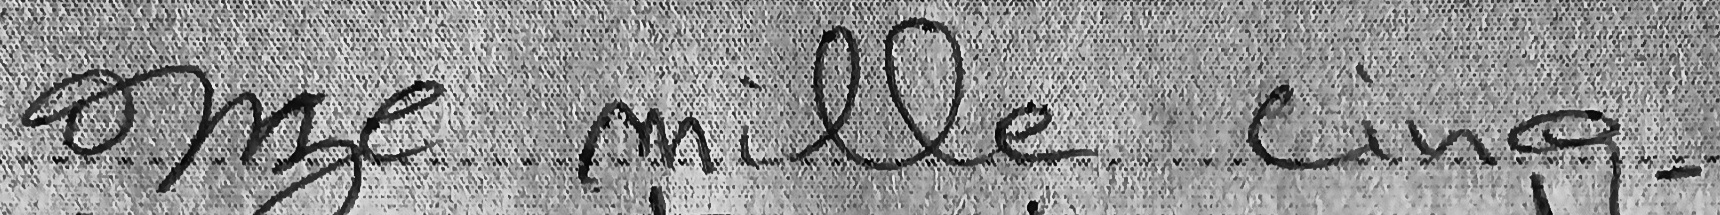
onze mille cinq